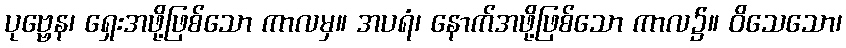
ပုဗ္ဗေန၊ ရှေးအဖို့ဖြစ်သော ကာလမှ။ အပရံ၊ နောက်အဖို့ဖြစ်သော ကာလ၌။ ဝိသေသော၊